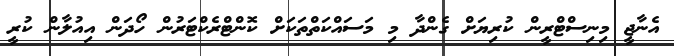
އެނާޖީ މިނިސްޓްރީން ކުރިޔަށް ގެންދާ މި މަސައްކަތްތަކަށް ކޮންޓްރެކްޓަރުން ހޯދަން އިއުލާން ކުރީ